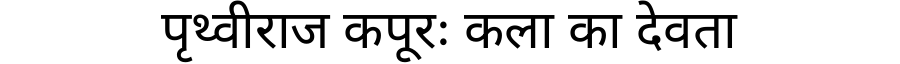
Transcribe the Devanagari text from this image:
पृथ्वीराज कपूरः कला का देवता